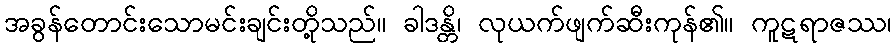
အခွန်တောင်းသောမင်းချင်းတို့သည်။ ခါဒန္တိ၊ လုယက်ဖျက်ဆီးကုန်၏။ ကူဋရာဇဿ၊